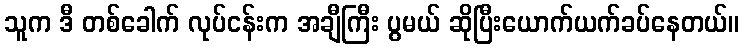
သူက ဒီ တစ်ခေါက် လုပ်ငန်းက အချီကြီး ပွမယ် ဆိုပြီးယောက်ယက်ခပ်နေတယ်။